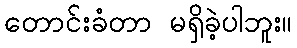
တောင်းခံတာ မရှိခဲ့ပါဘူး။